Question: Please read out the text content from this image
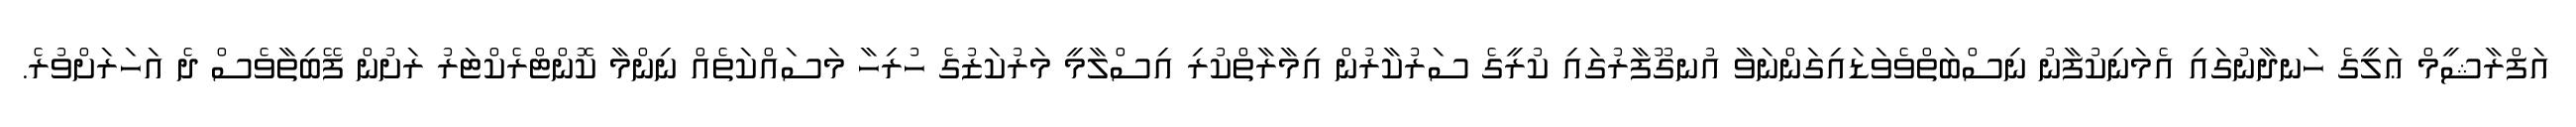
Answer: އަފްރާޝީމް ޢަލީގެ ހަނދާނުގައި އެމަނިކުފާނު ނިސްބަތްވެވަޑައިގަންނަވާ އުނގޫފާރުގައި ކުރީގެ ސަރުކާރުން އިމާރާތްކުރި އިސްލާމީ މަރުކަޒުގެ ހުރިހާ މަސައްކަތެއް ނިންމާ ކޮންޓްރެކްޓަރު ރަށުން ފޭބިތާވެސް ދެ އަހަރަށްވުރެ.